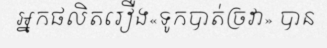
អ្នកផលិតរឿង«ទូកបាត់ច្រវា» បាន